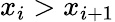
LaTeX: x_{i}>x_{i+1}